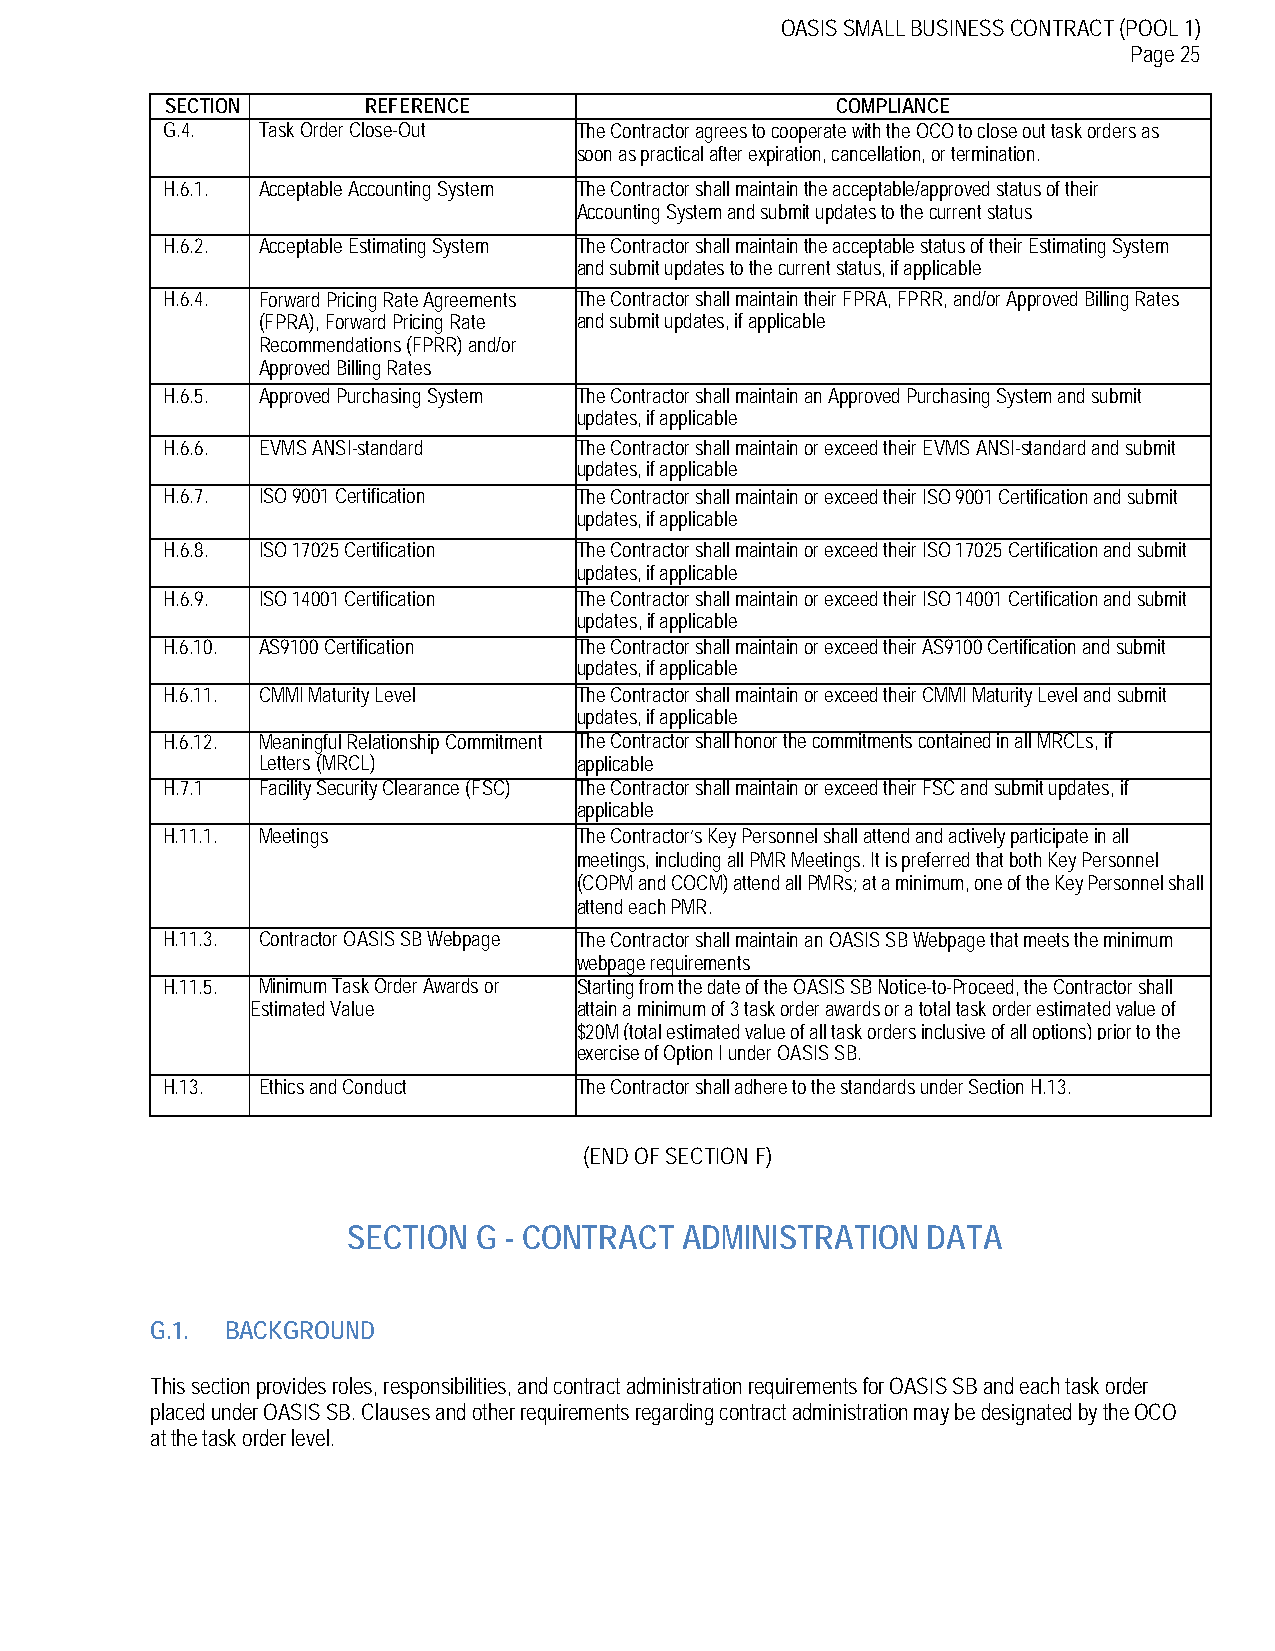
OASIS SMALL BUSINESS CONTRACT (POOL 1)
 Page 25
 SECTION      REFERENCE                      COMPLIANCE
 G.4.  Task Order Close-Out The Contractor agrees to cooperate with the OCO to close out task orders as
 soon as practical after expiration, cancellation, or termination.
 H.6.1. Acceptable Accounting System The Contractor shall maintain the acceptable/approved status of their
 Accounting System and submit updates to the current status
 H.6.2. Acceptable Estimating System The Contractor shall maintain the acceptable status of their Estimating System
 and submit updates to the current status, if applicable
 H.6.4. Forward Pricing Rate Agreements The Contractor shall maintain their FPRA, FPRR, and/or Approved Billing Rates
 (FPRA), Forward Pricing Rate and submit updates, if applicable
 Recommendations (FPRR) and/or
 Approved Billing Rates
 H.6.5. Approved Purchasing System The Contractor shall maintain an Approved Purchasing System and submit
 updates, if applicable
 H.6.6. EVMS ANSI-standard  The Contractor shall maintain or exceed their EVMS ANSI-standard and submit
 updates, if applicable
 H.6.7. ISO 9001 Certification The Contractor shall maintain or exceed their ISO 9001 Certification and submit
 updates, if applicable
 H.6.8. ISO 17025 Certification The Contractor shall maintain or exceed their ISO 17025 Certification and submit
 updates, if applicable
 H.6.9. ISO 14001 Certification The Contractor shall maintain or exceed their ISO 14001 Certification and submit
 updates, if applicable
 H.6.10. AS9100 Certification The Contractor shall maintain or exceed their AS9100 Certification and submit
 updates, if applicable
 H.6.11. CMMI Maturity Level The Contractor shall maintain or exceed their CMMI Maturity Level and submit
 updates, if applicable
 H.6.12. Meaningful Relationship Commitment The Contractor shall honor the commitments contained in all MRCLs, if
 Letters (MRCL)       applicable
 H.7.1 Facility Security Clearance (FSC) The Contractor shall maintain or exceed their FSC and submit updates, if
 applicable
 H.11.1. Meetings           The Contractor’s Key Personnel shall attend and actively participate in all
 meetings, including all PMR Meetings. It is preferred that both Key Personnel
 (COPM and COCM) attend all PMRs; at a minimum, one of the Key Personnel shall
 attend each PMR.
 H.11.3. Contractor OASIS SB Webpage The Contractor shall maintain an OASIS SB Webpage that meets the minimum
 webpage requirements
 H.11.5. Minimum Task Order Awards or Starting from the date of the OASIS SB Notice-to-Proceed, the Contractor shall
 Estimated Value      attain a minimum of 3 task order awards or a total task order estimated value of
 $20M (total estimated value of all task orders inclusive of all options) prior to the
 exercise of Option I under OASIS SB.
 H.13. Ethics and Conduct   The Contractor shall adhere to the standards under Section H.13.
 (END OF SECTION F)
 SECTION  G - CONTRACT ADMINISTRATION  DATA
 G.1. BACKGROUND
 This section provides roles, responsibilities, and contract administration requirements for OASIS SB and each task order
 placed under OASIS SB. Clauses and other requirements regarding contract administration may be designated by the OCO
 at the task order level.